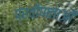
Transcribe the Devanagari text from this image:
प्रवीणताओं